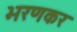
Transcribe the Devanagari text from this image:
भरणकर